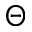
\Theta